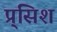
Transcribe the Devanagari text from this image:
प्र्सिश